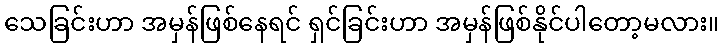
သေခြင်းဟာ အမှန်ဖြစ်နေရင် ရှင်ခြင်းဟာ အမှန်ဖြစ်နိုင်ပါတော့မလား။